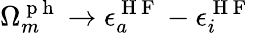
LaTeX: \Omega_{m}^{\mathrm{~p~h~}}\to\epsilon_{a}^{\mathrm{~H~F~}}-\epsilon_{i}^{\mathrm{~H~F~}}